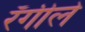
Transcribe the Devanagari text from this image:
रँगीले